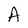
Character: A